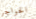
الحواجز